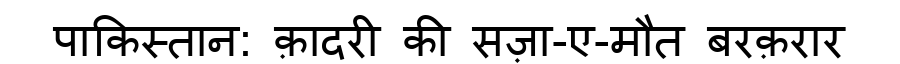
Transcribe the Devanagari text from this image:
पाकिस्तान: क़ादरी की सज़ा-ए-मौत बरक़रार